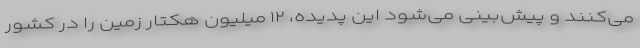
می‌کنند و پیش‌بینی می‌شود این پدیده، ۱۲ میلیون هکتار زمین را در کشور